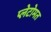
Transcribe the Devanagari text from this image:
प्लेटोमत